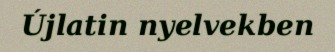
Újlatin nyelvekben